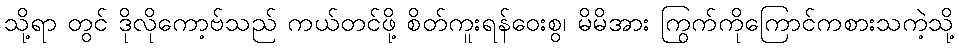
သို့ရာ တွင် ဒိုလိုကော့ဗ်သည် ကယ်တင်ဖို့ စိတ်ကူးရန်ဝေးစွ၊ မိမိအား ကြွက်ကိုကြောင်ကစားသကဲ့သို့